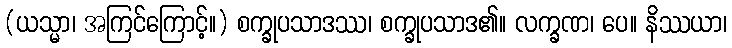
(ယသ္မာ၊ အကြင်ကြောင့်။) စက္ခုပသာဒဿ၊ စက္ခုပသာဒ၏။ လက္ခဏ၊ ပေ။ နိဿယာ၊